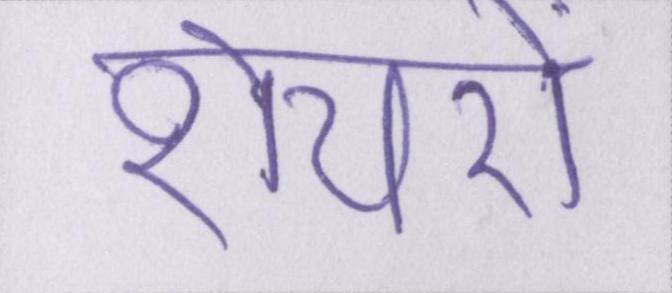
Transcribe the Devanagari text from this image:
शेयरों